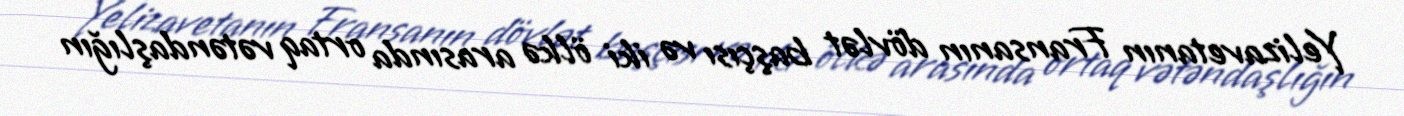
Yelizavetanın Fransanın dövlət başçısı və iki ölkə arasında ortaq vətəndaşlığın